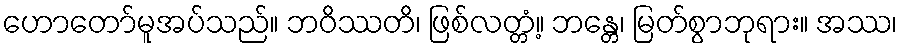
ဟောတော်မူအပ်သည်။ ဘဝိဿတိ၊ ဖြစ်လတ္တံ့။ ဘန္တေ၊ မြတ်စွာဘုရား။ အဿ၊